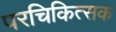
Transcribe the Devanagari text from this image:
परचिकित्सक